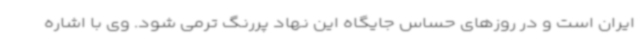
ایران است و در روزهای حساس جایگاه این نهاد پررنگ ترمی شود. وی با اشاره